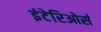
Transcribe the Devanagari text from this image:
इंटेरिओर्स